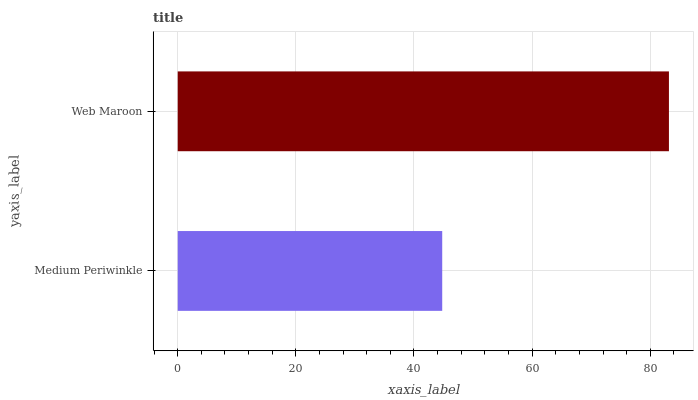
| yaxis_label | bars |
 | --- | --- |
 | Medium Periwinkle | 44.8 |
 | Web Maroon | 83.2 |